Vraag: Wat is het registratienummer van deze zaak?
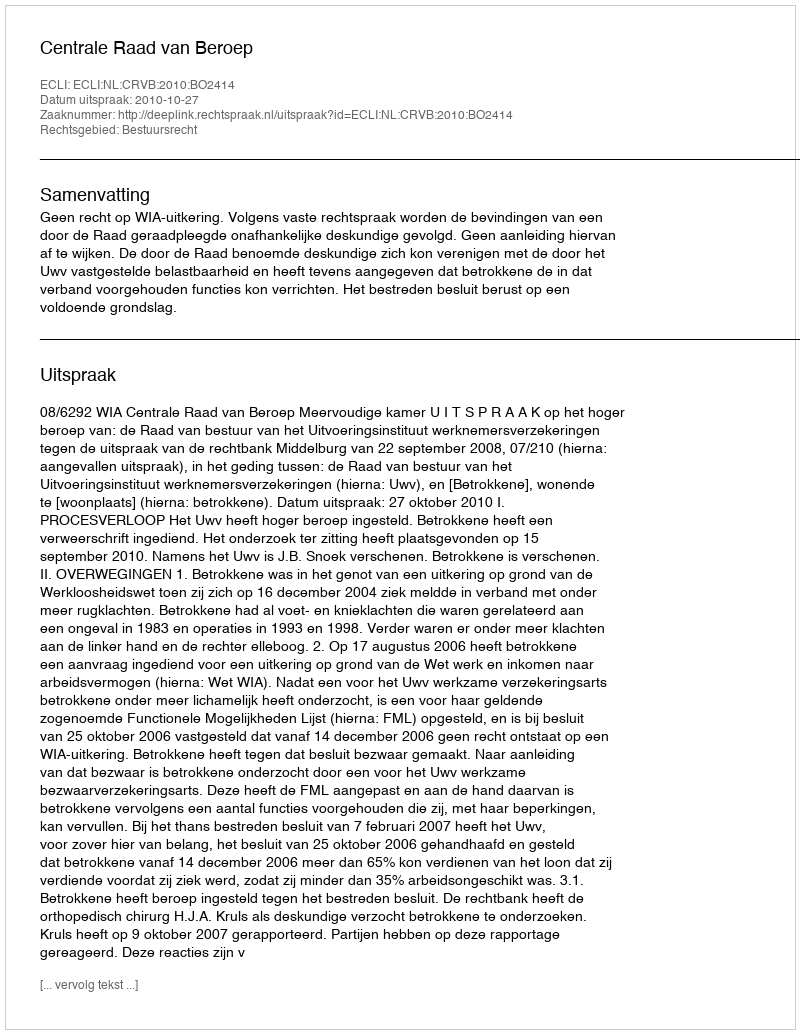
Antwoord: http://deeplink.rechtspraak.nl/uitspraak?id=ECLI:NL:CRVB:2010:BO2414